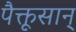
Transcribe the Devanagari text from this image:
पैक्तूसान्